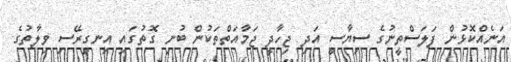
އަނެއްކޮޅުން ފަލަސްތީނުގެ ސިޔާސީ އަދި ޖިހާދީ ޖަމާއަތްތަކުން ބުނި ގޮތުގައި އިނގިރޭސި ވިލާތުގެ